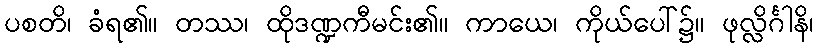
ပစတိ၊ ခံရ၏။ တဿ၊ ထိုဒဏ္ဍကီမင်း၏။ ကာယေ၊ ကိုယ်ပေါ်၌။ ဖုလ္လိင်္ဂါနိ၊